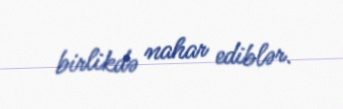
birlikdə nahar ediblər.